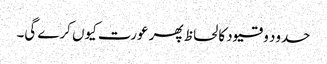
حدود و قیود کا لحاظ پھر عورت کیوں کرے گی۔